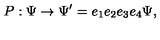
P : \Psi \rightarrow \Psi ^ { \prime } = e _ { 1 } e _ { 2 } e _ { 3 } e _ { 4 } \Psi ,